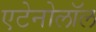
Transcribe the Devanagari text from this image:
एटेनोलॉल